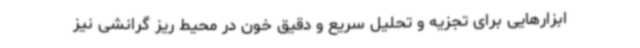
ابزارهایی برای تجزیه و تحلیل سریع و دقیق خون در محیط ریز گرانشی نیز